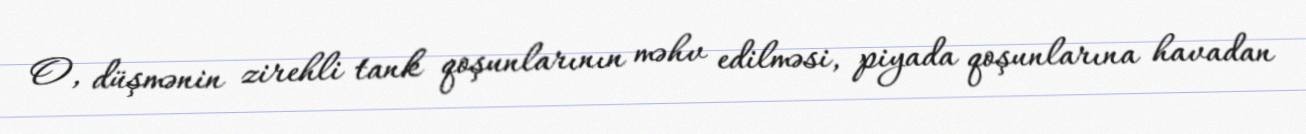
O, düşmənin zirehli tank qoşunlarının məhv edilməsi, piyada qoşunlarına havadan